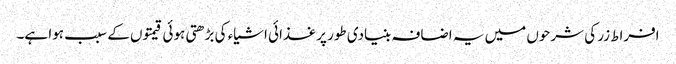
افراط زر کی شرحوں میں یہ اضافہ بنیادی طور پر غذائی اشیاء کی بڑھتی ہوئی قیمتوں کے سبب ہوا ہے۔